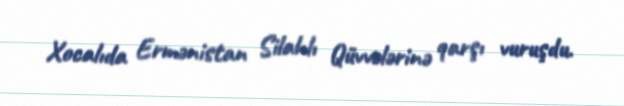
Xocalıda Ermənistan Silahlı Qüvvələrinə qarşı vuruşdu.